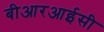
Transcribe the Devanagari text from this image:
बीआरआईसी